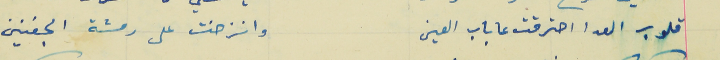
قلوب العدا احترقت عا باب العين                               وانزخت على رمشة الجفنين